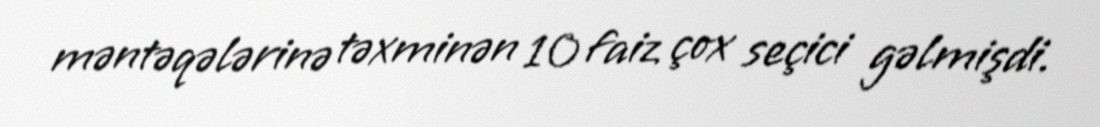
məntəqələrinə təxminən 10 faiz çox seçici gəlmişdi.